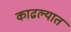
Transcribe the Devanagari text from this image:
काढल्यात